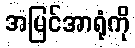
အမြင်အာရုံကို